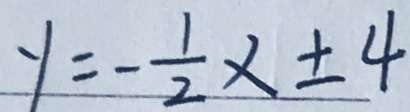
y = - \frac { 1 } { 2 } x \pm 4